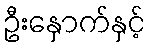
ဦးနှောက်နှင့်